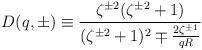
LaTeX: \begin{align*}D(q, \pm) \equiv \frac{\zeta^{\pm 2} (\zeta^{\pm 2} + 1)}{(\zeta^{\pm2} + 1)^2 \mp \frac{2 \zeta^{\pm 1}}{qR}}\end{align*}